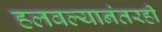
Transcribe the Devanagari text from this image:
हलवल्यानंतरही